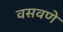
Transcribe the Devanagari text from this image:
वसवणे